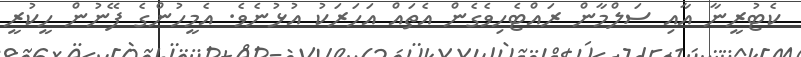
ކެޓުރީނާ އާއި ސަލްމާން ރައްޓެހިވެގެން އެތައް އަހަރަކު އުޅުނެވެ. އެމީހުންގެ ފޭނުން ހީކުރީ